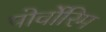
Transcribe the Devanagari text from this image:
पोर्वोरिम